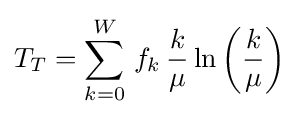
T_{T}=\sum _{k=0}^{W}\,f_{k}\,{\frac {k}{\mu }}\ln \left({\frac {k}{\mu }}\right)